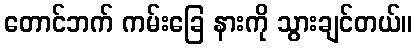
တောင်ဘက် ကမ်းခြေ နားကို သွားချင်တယ်။